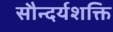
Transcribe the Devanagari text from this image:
सौन्दर्यशक्ति